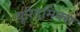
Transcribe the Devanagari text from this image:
यूरिदमिक्स